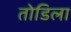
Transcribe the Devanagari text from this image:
तोडिला